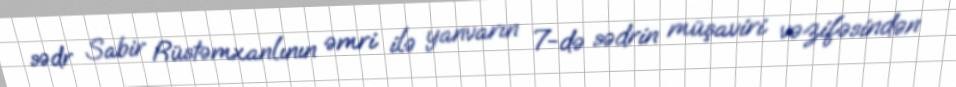
sədr Sabir Rüstəmxanlının əmri ilə yanvarın 7-də sədrin müşaviri vəzifəsindən